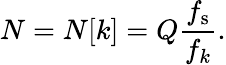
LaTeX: N=N[k]=Q{\frac{f_{\mathrm{s}}}{f_{k}}}.